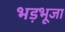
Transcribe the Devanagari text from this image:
भड़भूजा